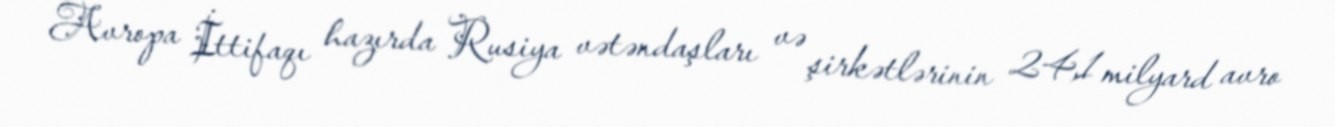
Avropa İttifaqı hazırda Rusiya vətəndaşları və şirkətlərinin 24,1 milyard avro